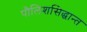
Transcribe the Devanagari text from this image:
पौलिशसिद्धान्त